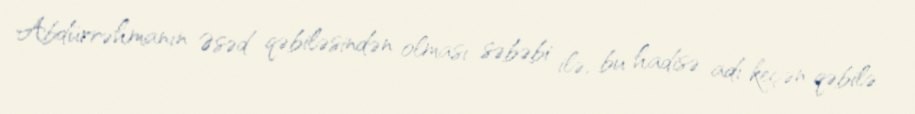
Abdürrəhmanın Əsəd qəbiləsindən olması səbəbi ilə, bu hadisə adı keçən qəbilə